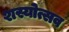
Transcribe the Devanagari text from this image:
शस्योत्सव